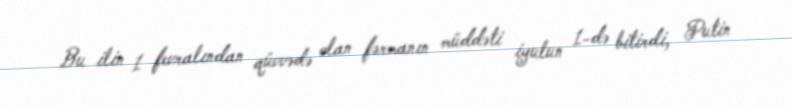
Bu ilin 1 fevralından qüvvədə olan fərmanın müddəti iyulun 1-də bitirdi, Putin